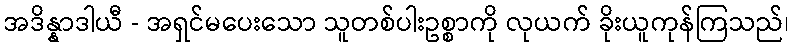
အဒိန္နာဒါယီ - အရှင်မပေးသော သူတစ်ပါးဥစ္စာကို လုယက် ခိုးယူကုန်ကြသည်၊